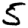
Digit: 5